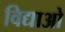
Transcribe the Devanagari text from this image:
विद्याओ